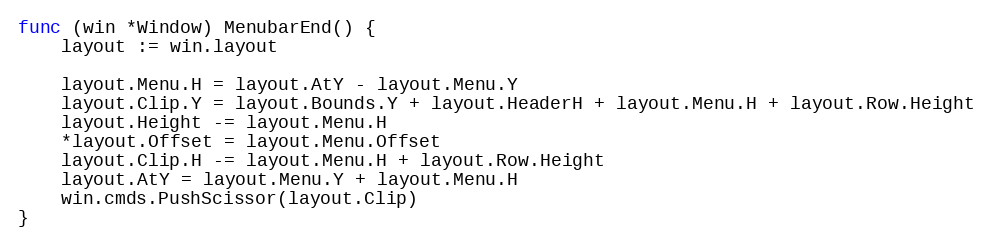
Language: Go
func (win *Window) MenubarEnd() {
	layout := win.layout

	layout.Menu.H = layout.AtY - layout.Menu.Y
	layout.Clip.Y = layout.Bounds.Y + layout.HeaderH + layout.Menu.H + layout.Row.Height
	layout.Height -= layout.Menu.H
	*layout.Offset = layout.Menu.Offset
	layout.Clip.H -= layout.Menu.H + layout.Row.Height
	layout.AtY = layout.Menu.Y + layout.Menu.H
	win.cmds.PushScissor(layout.Clip)
}